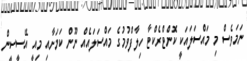
ނަމަވެސް މި މައްސަލައަކީ ކޮންޓްރެކްޓާ ހިލާފްވުމުގެ މައްސަލައެއް ނޫން ކަމަށާއި މިއީ އޭސީސީން